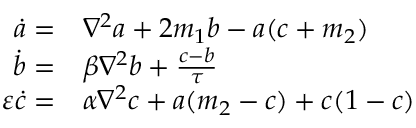
\begin{array} { r l } { \dot { a } = } & { { } \nabla ^ { 2 } a + 2 m _ { 1 } b - a ( c + m _ { 2 } ) } \\ { \dot { b } = } & { { } \beta \nabla ^ { 2 } b + \frac { c - b } { \tau } } \\ { \varepsilon \dot { c } = } & { { } \alpha \nabla ^ { 2 } c + a ( m _ { 2 } - c ) + c ( 1 - c ) } \end{array}